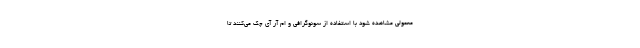
معمولی مشاهده شود با استفاده از سونوگرافی و ام آر آی چک می‌کنند تا